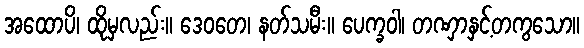
အထောပိ၊ ထိုမှလည်း။ ဒေဝတေ၊ နတ်သမီး။ ပေက္ခဝါ၊ တဏှာနှင့်တကွသော။